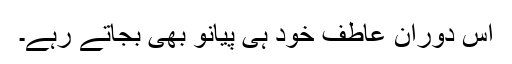
اس دوران عاطف خود ہی پیانو بھی بجاتے رہے۔